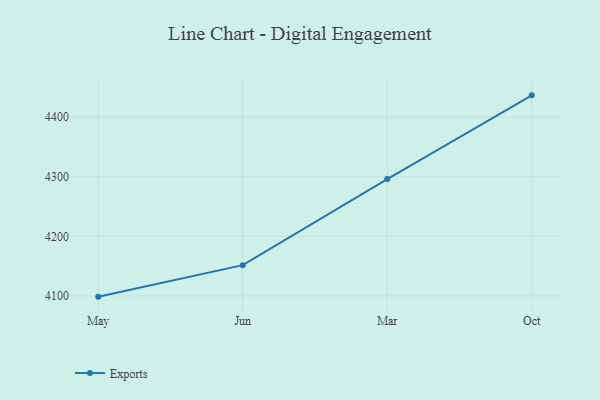
{"axis": {"x": "Month", "y": "Conversion Rate (%)"}, "legend": ["Exports"], "data": [{"x": "May", "y": 4098.8, "type": "Exports"}, {"x": "Jun", "y": 4151.6, "type": "Exports"}, {"x": "Mar", "y": 4296.0, "type": "Exports"}, {"x": "Oct", "y": 4436.5, "type": "Exports"}]}